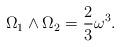
LaTeX: \begin{align*} \Omega_1 \wedge \Omega_2=\frac{2}{3}\omega^3. \end{align*}